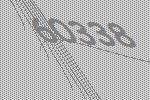
60338